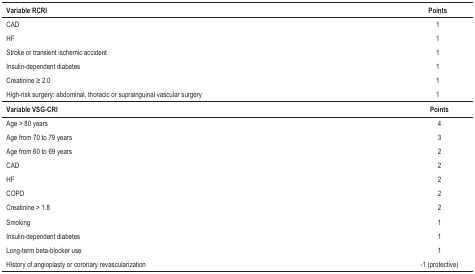
<table><thead><tr><td><b>Variable RCRI</b></td><td colspan="2"><b>Points</b></td></tr></thead><tbody><tr><td>CAD</td><td>1</td></tr><tr><td>HF</td><td>1</td></tr><tr><td>Stroke or transient ischemicaccident</td><td>1</td></tr><tr><td>Insulin-dependent diabetes</td><td>1</td></tr><tr><td>Creatinine ≥ 2.0</td><td>1</td></tr><tr><td>High-risk surgery: abdominal, thoracicor suprainguinal vascular surgery</td><td>1</td></tr><tr><td><b>Variable VSG-CRI</b></td><td><b>Points</b></td></tr><tr><td>Age &gt; 80 years</td><td>4</td></tr><tr><td>Age from 70 to 79 years</td><td>3</td></tr><tr><td>Age from 60 to 69 years</td><td>2</td></tr><tr><td>CAD</td><td>2</td></tr><tr><td>HF</td><td>2</td></tr><tr><td>COPD</td><td>2</td></tr><tr><td>Creatinine &gt; 1.8</td><td>2</td></tr><tr><td>Smoking</td><td>1</td></tr><tr><td>Insulin-dependent diabetes</td><td>1</td></tr><tr><td>Long-term beta-blocker use</td><td>1</td></tr><tr><td>History of angioplasty or coronaryrevascularization</td><td>-1 (protective)</td></tr></tbody></table>